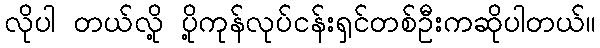
လိုပါ တယ်လို့ ပို့ကုန်လုပ်ငန်းရှင်တစ်ဦးကဆိုပါတယ်။